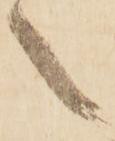
之